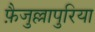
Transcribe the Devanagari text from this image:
फ़ैजुल्लापुरिया